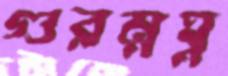
গুরম্নঘ্ন